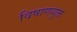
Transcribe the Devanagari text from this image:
विषाणयुक्त